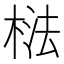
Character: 𱣰